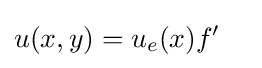
u(x,y)=u_{e}(x)f'\quad